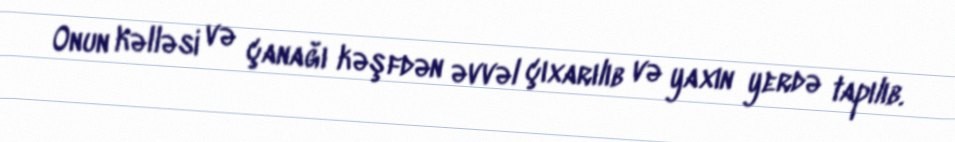
Onun kəlləsi və çanağı kəşfdən əvvəl çıxarılıb və yaxın yerdə tapılıb.